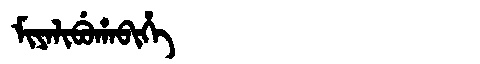
Manchu: ᠮᡳᠶᠠᠯᡳᠪᡠᡥᠠᠪᡳᡥᡝ
Romanization: MIYALIBUHABIHE